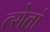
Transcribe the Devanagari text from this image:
त्सेतां